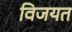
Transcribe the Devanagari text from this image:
विजयत